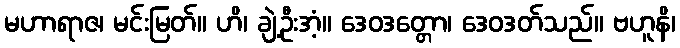
မဟာရာဇ၊ မင်းမြတ်။ ဟိ၊ ချဲ့ဦးအံ့။ ဒေဝဒတ္တော၊ ဒေဝဒတ်သည်။ ဗဟူနိ၊